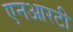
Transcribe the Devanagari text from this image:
एनआरटी